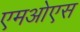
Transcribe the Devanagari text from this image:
एमओएस